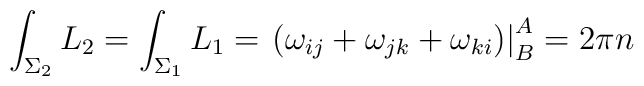
\int_{\Sigma_2}L_{2}=\int_{\Sigma_{1}}L_{1}=\displaystyle \left.(\omega_{ij}+\omega_{jk}+\omega_{ki}) \right|_{B}^{A}	=2\pi n